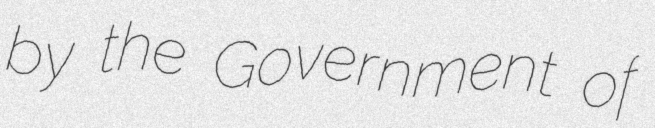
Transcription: by the Government of